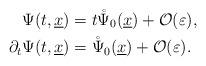
LaTeX: \begin{align*}\Psi(t,\underline{x})& = t \mathring{\Psi}_0(\underline{x})+\mathcal{O}(\varepsilon), \\\partial_t \Psi(t,\underline{x})& = \mathring{\Psi}_0(\underline{x})+ \mathcal{O}(\varepsilon).\end{align*}